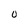
Character: 0